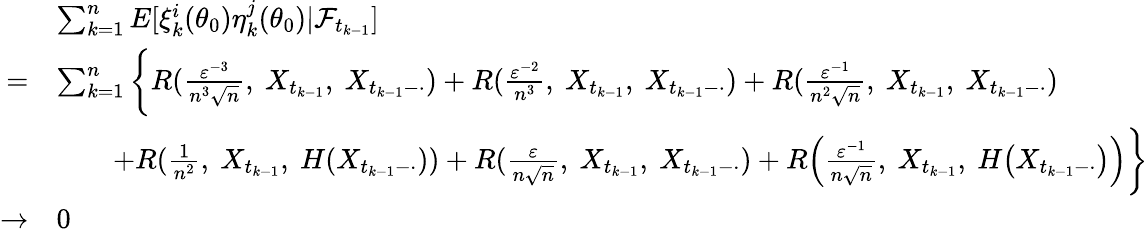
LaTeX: \begin{array}{rl}&{\sum_{k=1}^{n}E[\xi_{k}^{i}(\theta_{0})\eta_{k}^{j}(\theta_{0})|\mathcal{F}_{t_{k-1}}]}\\ {=}&{\sum_{k=1}^{n}\bigg\{ R(\frac{\varepsilon^{-3}}{n^{3}\sqrt{n}},~X_{t_{k-1}},~X_{t_{k-1}-\cdot})+R(\frac{\varepsilon^{-2}}{n^{3}},~X_{t_{k-1}},~X_{t_{k-1}-\cdot})+R(\frac{\varepsilon^{-1}}{n^{2}\sqrt{n}},~X_{t_{k-1}},~X_{t_{k-1}-\cdot})}\\ &{\qquad+R(\frac{1}{n^{2}},~X_{t_{k-1}},~H(X_{t_{k-1}-\cdot}))+R(\frac{\varepsilon}{n\sqrt{n}},~X_{t_{k-1}},~X_{t_{k-1}-\cdot})+R\Big(\frac{\varepsilon^{-1}}{n\sqrt{n}},~X_{t_{k-1}},~H\big(X_{t_{k-1}-\cdot}\big)\Big)\bigg\} }\\ {\rightarrow}&{0}\end{array}